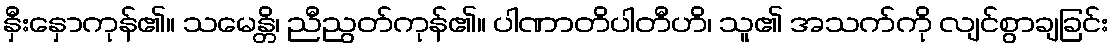
နှီးနှောကုန်၏။ သမေန္တိ၊ ညီညွတ်ကုန်၏။ ပါဏာတိပါတီဟိ၊ သူ၏ အသက်ကို လျင်စွာချခြင်း